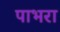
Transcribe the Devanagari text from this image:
पाभरा